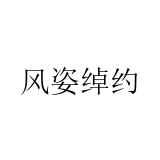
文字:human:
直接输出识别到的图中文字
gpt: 风姿绰约